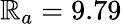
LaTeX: \mathbb{R}_{a}=9.79